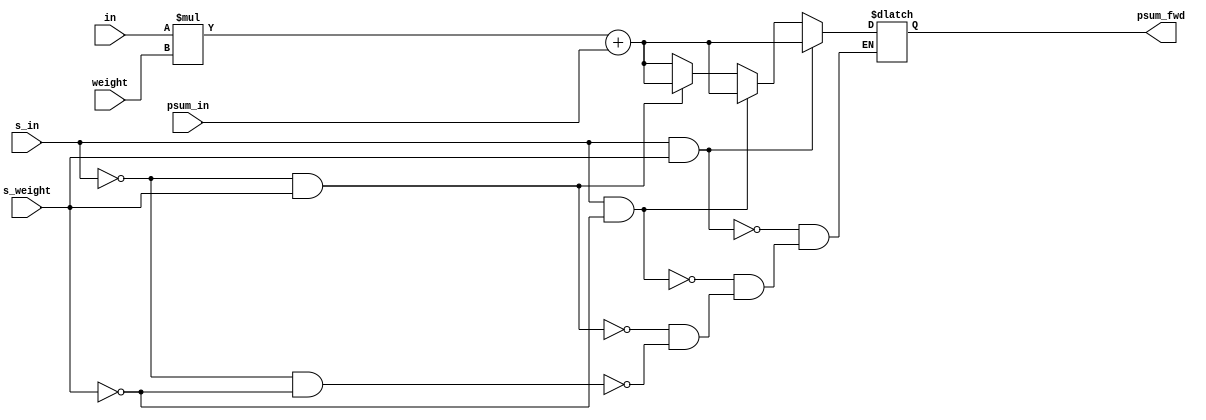
module fixed8 #(parameter COL_WIDTH=11) (
    input [7:0] in,
    input [7:0] weight,
    input [(COL_WIDTH*4)-1:0] psum_in,
    input s_in,
    input s_weight,
    output reg [(COL_WIDTH*4)-1:0] psum_fwd
    );

    always @(*) begin
        if (s_in == 1'b1 && s_weight == 1'b1) begin
            psum_fwd <= ($signed(in) * $signed(weight)) + psum_in;
        end else if (s_in == 1'b1 && s_weight == 1'b0) begin
            psum_fwd <= ($signed(in) * weight) + psum_in;
        end else if (s_in == 1'b0 && s_weight == 1'b1) begin
            psum_fwd <= (in * $signed(weight)) + psum_in;
        end else if (s_in == 1'b0 && s_weight== 1'b0) begin
            psum_fwd <= (in * weight) + psum_in;
        end
    end    


endmodule